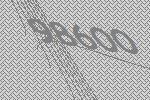
98600